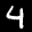
Label: 4